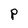
Character: P